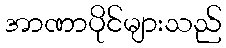
အာဏာပိုင်များသည်